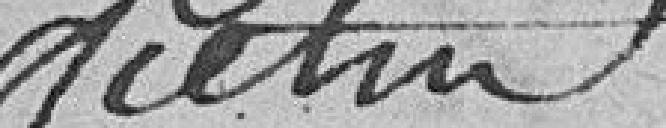
fiétin